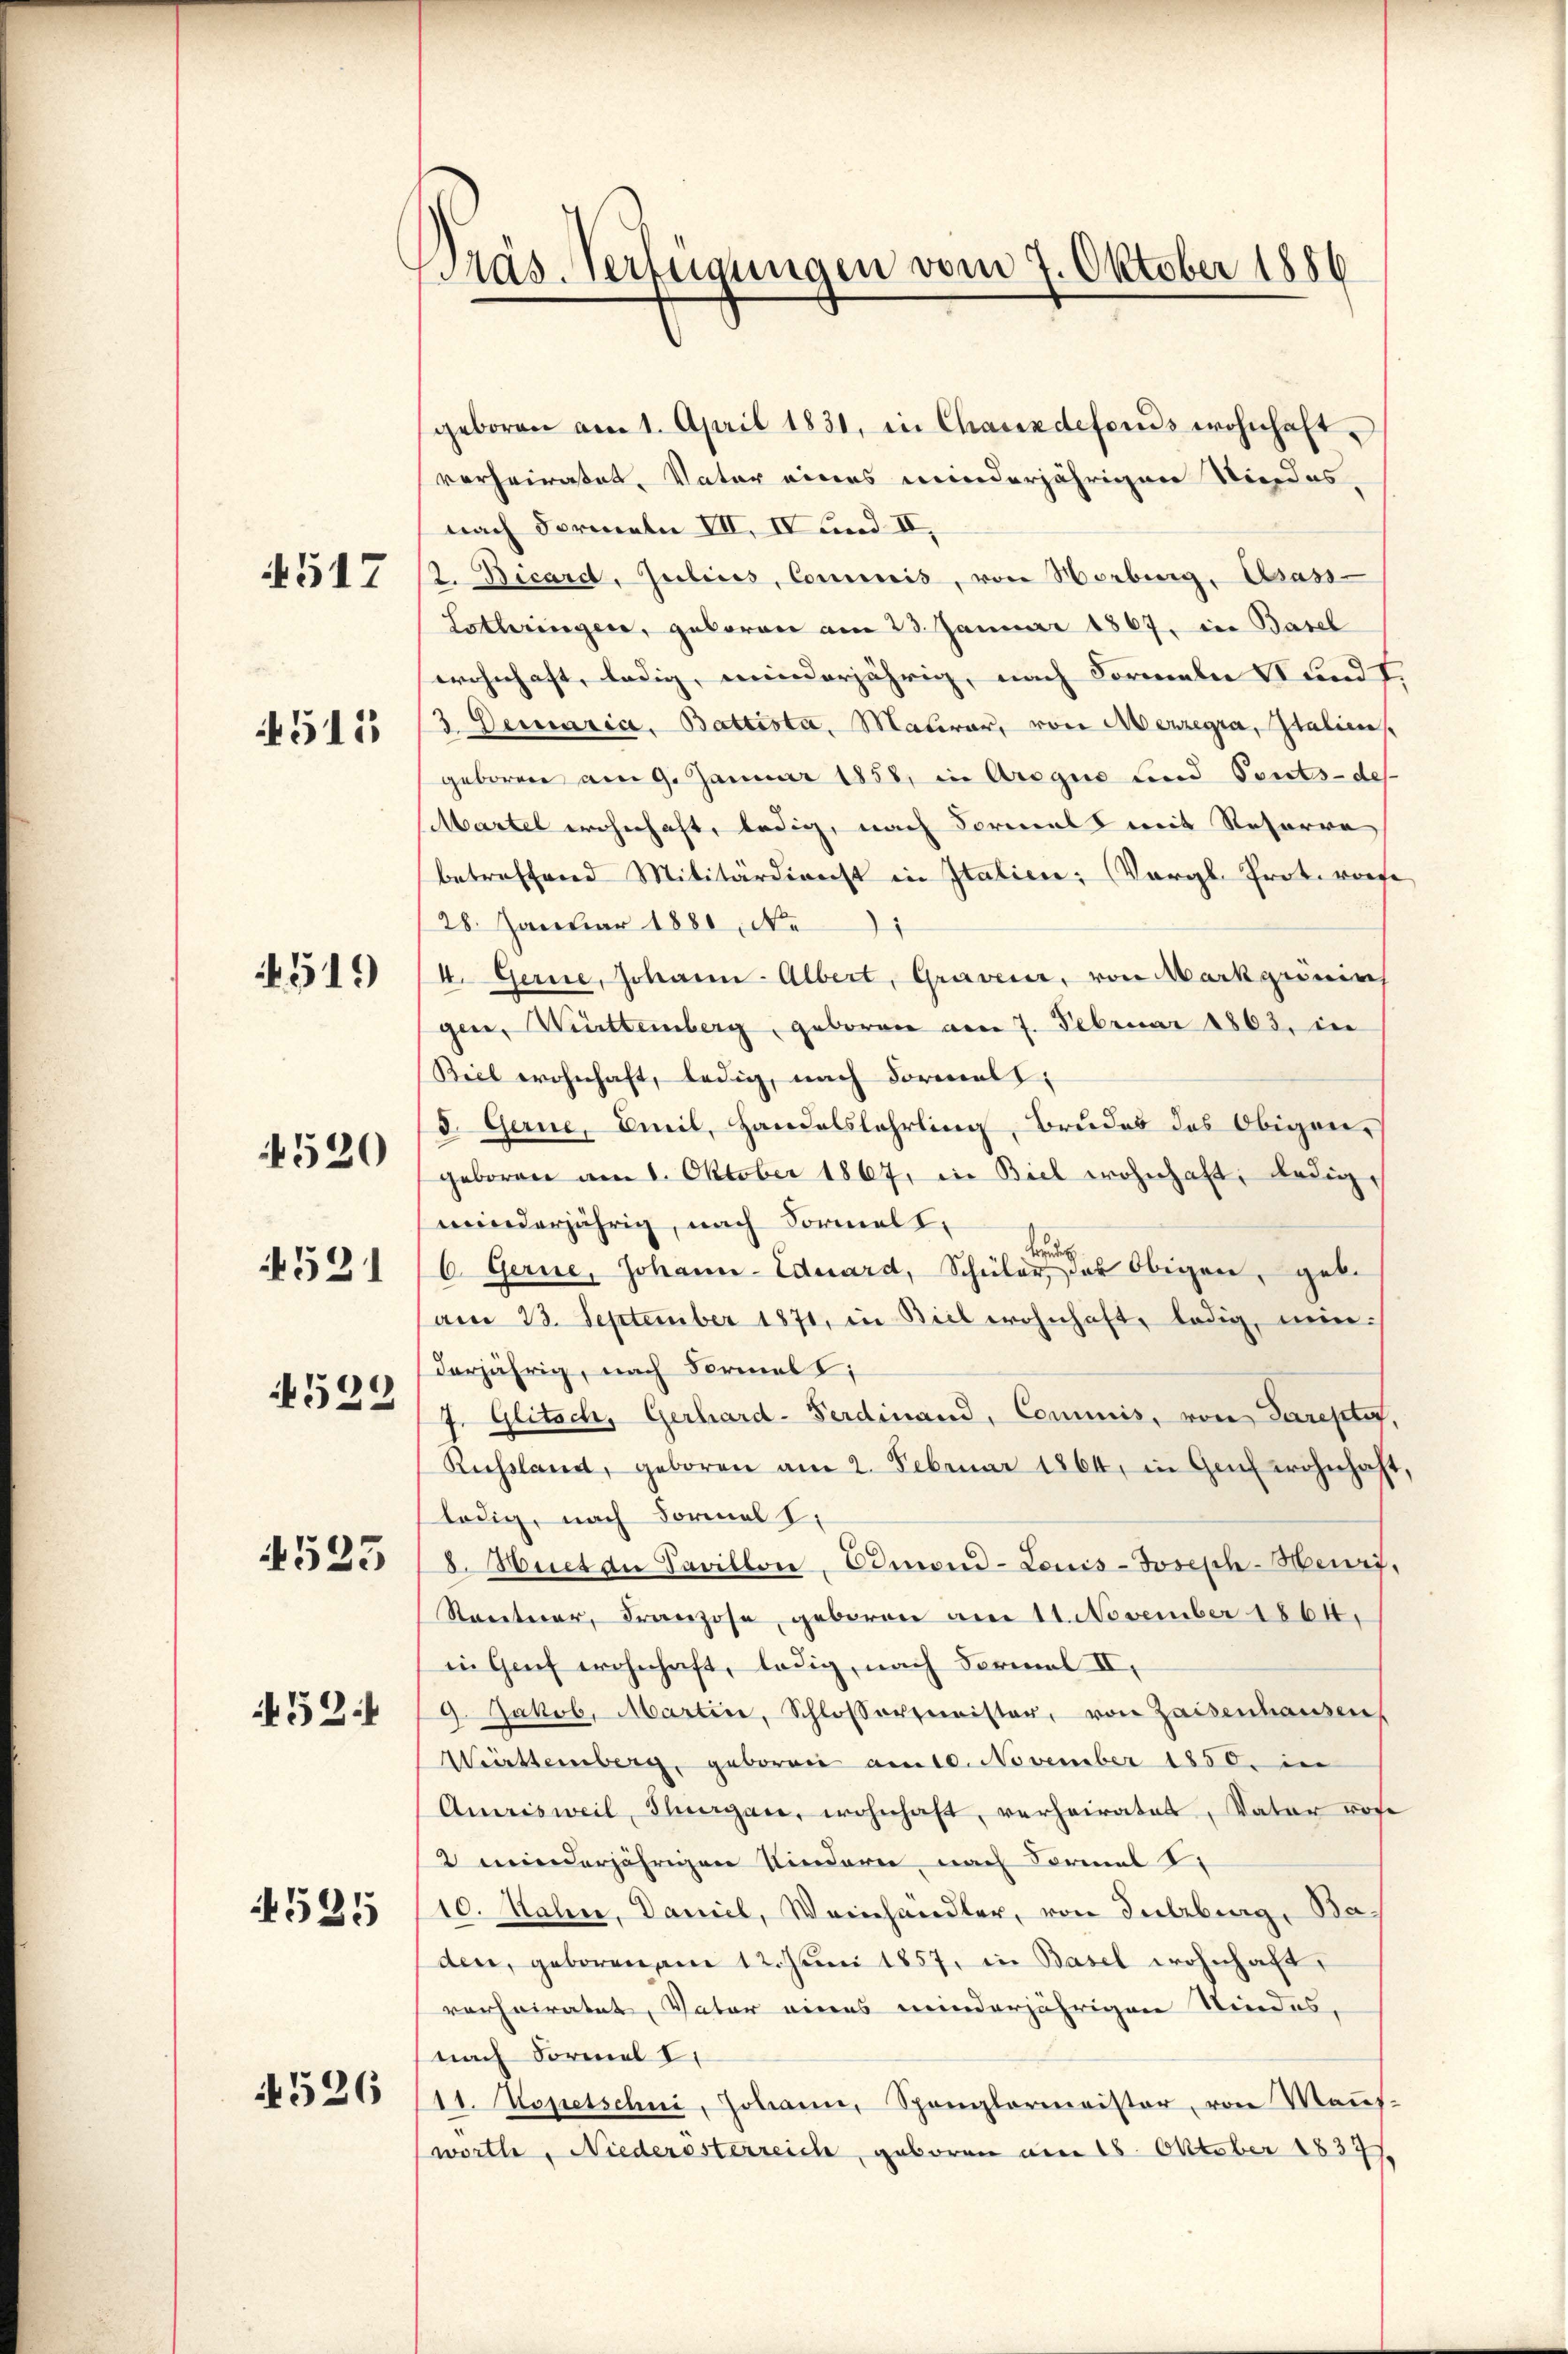
4517

4515

519

520

4521

529

523

452.

4535

4526

Präs. Verfügungen vom 7. Oktober 1886

geboren am 1. April 1821, in Chauxdefonds wohnhaft.
verheiratet, Vater eines minderjährigen Niedes,
nach Formeln VII, IV und II,
12. Bicard, Julius, Commis, von Horberg, Asass-
Lothringer, geboren am 23. Januar 1867. Die Basel
wohnhaft, ledig, minderjährig, nach Formeln Stundt,
3 Demaria, Battista, Maurer, von Merzegra, Italien
geboren am 9. Januar 1858, in Arogie und Ponts-des
Martel wohnhaft, ledig, nach vormals mit Resorre
betreffend Militärdienst in Italien: Vergl. Prot. vorse
28. Januar 1880, No 91
4. Gerne, Johann Albert, Graven, von Markgrönin
gen, Württemberg, geboren am 7. Februar 1863, in
Biel wohnhaft, ledig, nach Formel,
5. Gerne, Emil, Handelslehrling, Brudes des Obigen,
geboren am 1. Oktober 1867, in Biel wohnhaft, ledigminderjährig, nach Formelt,
a
6. Gerne, Johann-Eduard, Schüler, das Obigen, geb.
(am 23. September 1871, in Biel wohnhaft, ledig, nunderjährig, nach Formal
7. Glitsch, Gerhard-Ferdinand, Commis, von Pareptir
Russland, geboren am 2. Februar 1864, in Genf wohnhaft,
lödig, nach Formal I
8. Hect an Savillon, Ormond-Louis-Joseph-Meuri,
Renteier, Franzose, geboren am 11. November 1864,
in Genf wohnhaft, ledig, nach Formal II.
9. Jakob. Martin, Schlossermeister, von Zaisenhausen
Württemberg, geboren am 10. November 1850. in
Amrisweil, Thurgau, wohnhaft, verheiratet, Vater rohe
2 minderjährigen Kindern, nach Formal
10. Nahn, Daniel, Weinhandler, von Inlebig, Ba-
den, geboren am 12. Juni 1857, in Basel wohnhaft,
verheiratet, Vater eines minderjährigen Kindes,
nach Formel I
11. Kopetschni, Johann, Spanglermeister, von Maṅs-
worte, Niederesterreich, geboren am 18. Oktober 1837